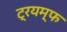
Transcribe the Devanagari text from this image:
ट्रयम्फ